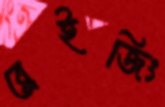
ব্লেইজিং